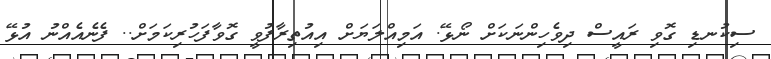
ސިކުނޑި ގޮވި ރައީސް ދިވެހިންނަކަށް ނޯޅޭ. އަމިއްލަޔަށް އިއުތިރާފުވީ ގޮވާފަހުރިކަމަށް.. ފެނެއެއްނު އުޅޭ